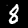
Label: 8